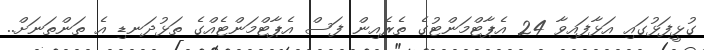
ގުޅީފަޅުގައި އަޅާފައިވާ 24 އެޕާޓްމަންޓުގެ ތެރެއިން ފަސް އެޕާޓްމަންޓެއްގެ ތަޅުދަނޑި އެ ތަންތަނަށް..